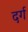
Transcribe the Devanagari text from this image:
दर्ग